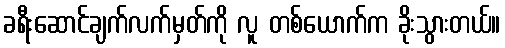
ခရီးဆောင်ချက်လက်မှတ်ကို လူ တစ်ယောက်က ခိုးသွားတယ်။